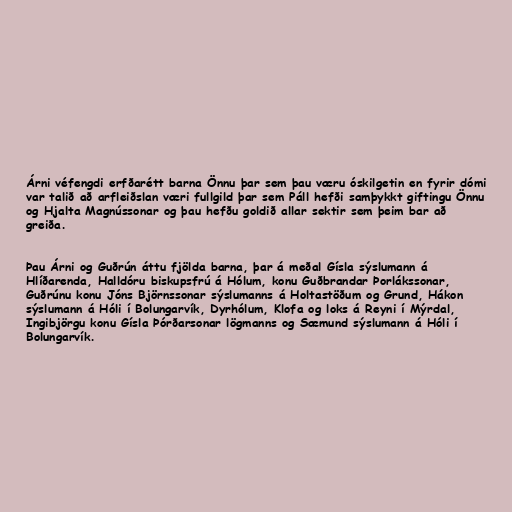
Árni véfengdi erfðarétt barna Önnu þar sem þau væru óskilgetin en fyrir dómi
var talið að arfleiðslan væri fullgild þar sem Páll hefði samþykkt giftingu Önnu
og Hjalta Magnússonar og þau hefðu goldið allar sektir sem þeim bar að
greiða.

Þau Árni og Guðrún áttu fjölda barna, þar á meðal Gísla sýslumann á
Hlíðarenda, Halldóru biskupsfrú á Hólum, konu Guðbrandar Þorlákssonar,
Guðrúnu konu Jóns Björnssonar sýslumanns á Holtastöðum og Grund, Hákon
sýslumann á Hóli í Bolungarvík, Dyrhólum, Klofa og loks á Reyni í Mýrdal,
Ingibjörgu konu Gísla Þórðarsonar lögmanns og Sæmund sýslumann á Hóli í
Bolungarvík.